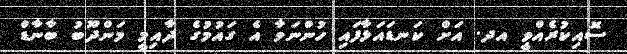
ސޮއިކުރެއްވީ އދ. އަށް ކަނޑައަޅާފައި ހުންނަވާ އެ ގައުމުގެ ދާއިމީ މަންދޫބު ބާނާޑް